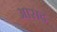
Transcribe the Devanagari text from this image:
आसद